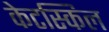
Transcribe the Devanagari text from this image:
केटस्किल